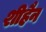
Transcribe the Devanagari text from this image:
शीहैन